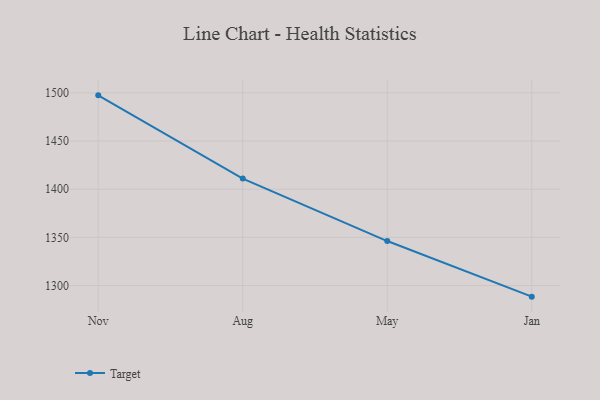
{"axis": {"x": "Month", "y": "Bounce Rate (%)"}, "legend": ["Target"], "data": [{"x": "Nov", "y": 1497.4, "type": "Target"}, {"x": "Aug", "y": 1411.0, "type": "Target"}, {"x": "May", "y": 1346.2, "type": "Target"}, {"x": "Jan", "y": 1288.5, "type": "Target"}]}